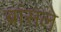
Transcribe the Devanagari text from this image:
ब्रांसले